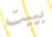
بييت